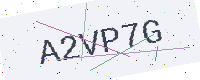
Text: A2VP7G